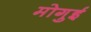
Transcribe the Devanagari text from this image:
मोगुई